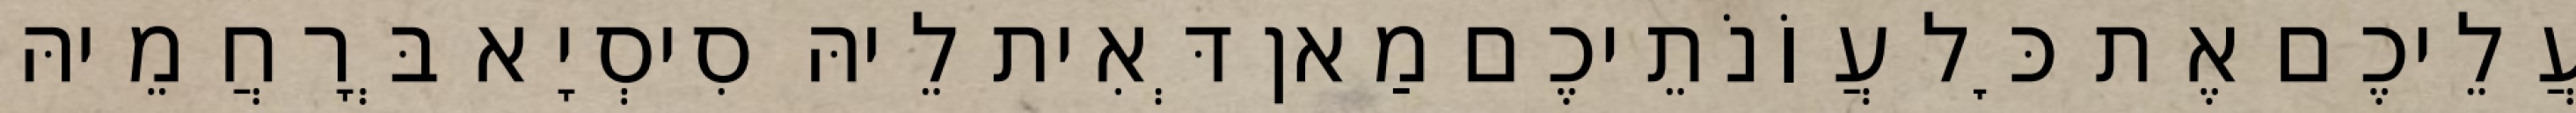
עֲלֵיכֶם אֶת כׇּל עֲוֹנֹתֵיכֶם מַאן דְּאִית לֵיהּ סִיסְיָא בְּרָחֲמֵיהּ